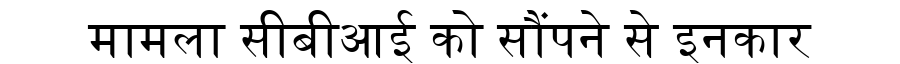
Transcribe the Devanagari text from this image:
मामला सीबीआई को सौंपने से इनकार